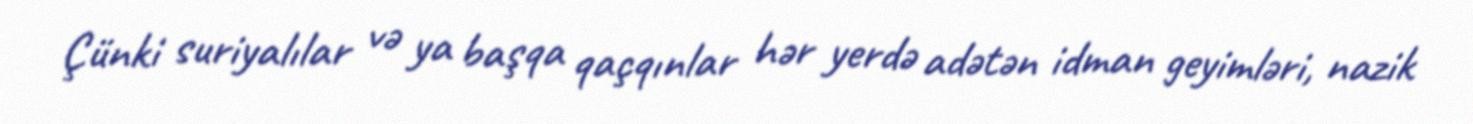
Çünki suriyalılar və ya başqa qaçqınlar hər yerdə adətən idman geyimləri, nazik